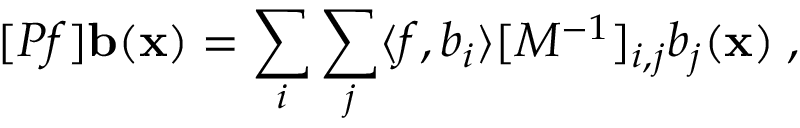
[ P f ] { \bf b } ( { \bf x } ) = \sum _ { i } \sum _ { j } \langle f , b _ { i } \rangle [ { \cal M } ^ { - 1 } ] _ { i , j } b _ { j } ( { \bf x } ) \; ,